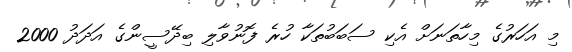
މި އަހަރުގެ މިހާތަނަށް އެކި ސަބަބުތަކާ ހުރެ ފޮނުވާލި ބިދޭސީންގެ އަދަދު 2000